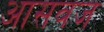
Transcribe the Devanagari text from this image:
आसवज